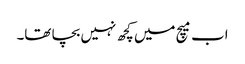
اب میچ میں کچھ نہیں بچا تھا۔